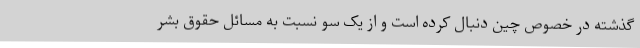
گذشته در خصوص چین دنبال کرده است و از یک سو نسبت به مسائل حقوق بشر